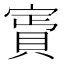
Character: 𧶎